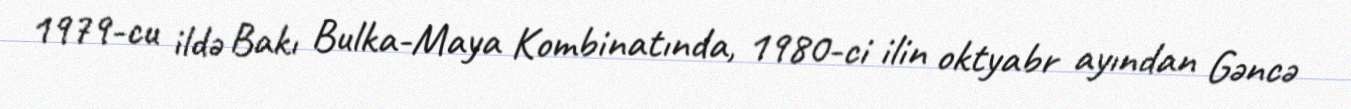
1979-cu ildə Bakı Bulka-Maya Kombinatında, 1980-ci ilin oktyabr ayından Gəncə